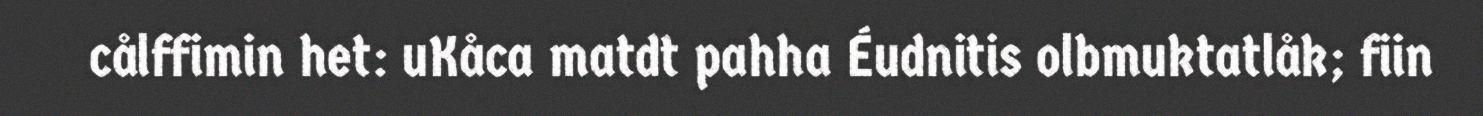
cålffimin het: uKåca matdt pahha Éudnitis olbmuktatlåk; fiin